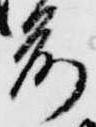
前